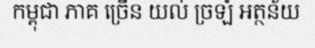
កម្ពុជា ភាគ ច្រើន យល់ ច្រឡំ អត្ថន័យ